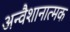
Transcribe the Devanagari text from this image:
अन्वैशानात्मक